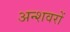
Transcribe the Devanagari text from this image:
अन्शवरों